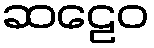
ဆဠေဝ